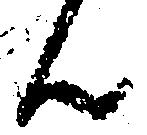
ん